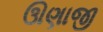
ઊણાજી